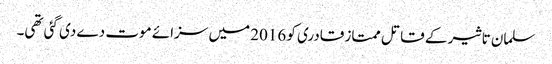
سلمان تاثیر کے قاتل ممتاز قادری کو 2016 میں سزائے موت دے دی گئی تھی۔